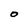
Character: O